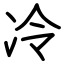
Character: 冷